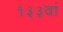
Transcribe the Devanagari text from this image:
१३३वां